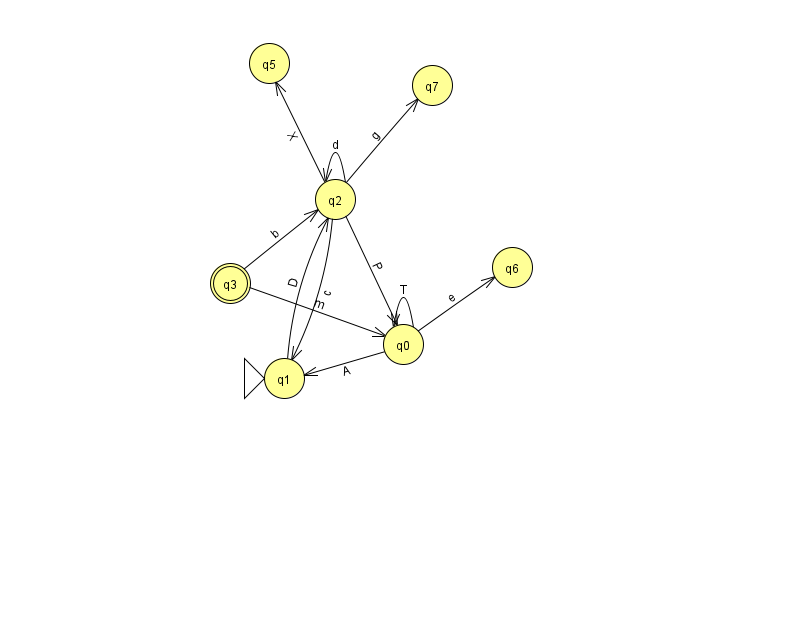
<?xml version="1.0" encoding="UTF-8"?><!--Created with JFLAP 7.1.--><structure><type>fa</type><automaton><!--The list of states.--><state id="0" name="q0"><x>403.0</x><y>331.0</y></state><state id="1" name="q1"><x>284.0</x><y>365.0</y><initial/></state><state id="2" name="q2"><x>335.0</x><y>186.0</y></state><state id="3" name="q3"><x>230.0</x><y>270.0</y><final/></state><state id="5" name="q5"><x>269.0</x><y>50.0</y></state><state id="6" name="q6"><x>512.0</x><y>254.0</y></state><state id="7" name="q7"><x>432.0</x><y>72.0</y></state><!--The list of transitions.--><transition><from>2</from><to>0</to><read>P</read></transition><transition><from>3</from><to>2</to><read>b</read></transition><transition><from>0</from><to>0</to><read>T</read></transition><transition><from>2</from><to>2</to><read>d</read></transition><transition><from>2</from><to>1</to><read>c</read></transition><transition><from>0</from><to>6</to><read>e</read></transition><transition><from>0</from><to>1</to><read>A</read></transition><transition><from>2</from><to>7</to><read>g</read></transition><transition><from>1</from><to>2</to><read>D</read></transition><transition><from>2</from><to>5</to><read>X</read></transition><transition><from>3</from><to>0</to><read>m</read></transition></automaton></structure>